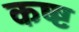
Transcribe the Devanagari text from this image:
कष्ष्ट